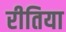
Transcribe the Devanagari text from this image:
रीतिया